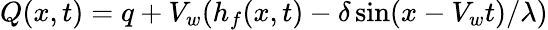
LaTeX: Q(x,t)=q+V_{w}(h_{f}(x,t)-\delta\sin(x-V_{w}t)/\lambda)